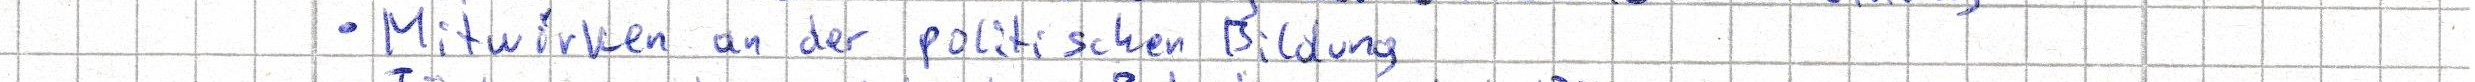
- Mitwirken an der politischen Bildung